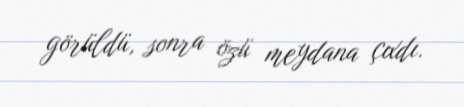
görüldü, sonra özü meydana çıxdı.